Report of the Municipal Commissioner on the plague in Bombay for the year ending 31st May... - Volume 2
Disease focus: Plague
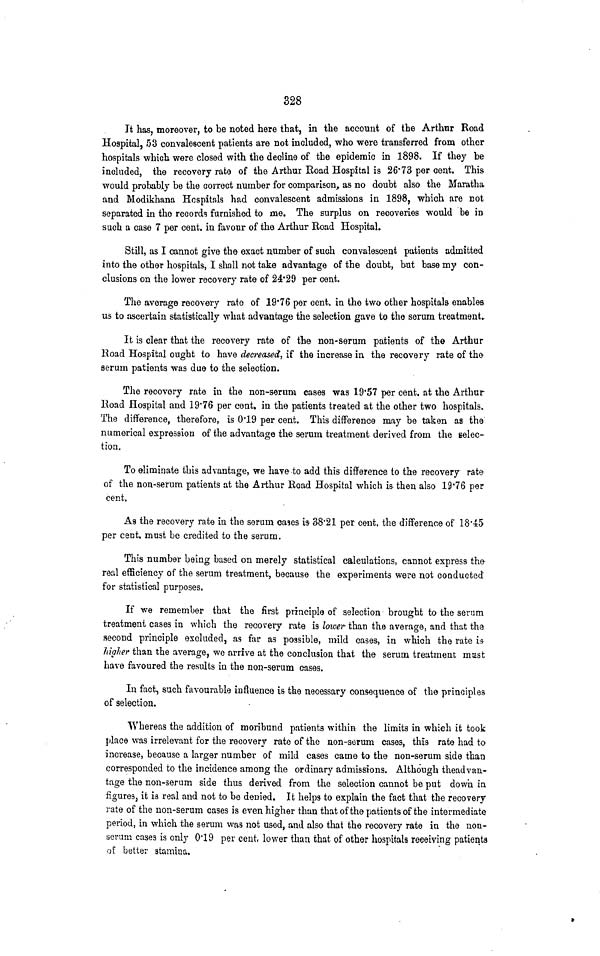
328
It has, moreover, to be noted here that, in the account of the Arthur Road
Hospital, 53 convalescent patients are not included, who were transferred from other
hospitals which were closed with the decline of the epidemic in 1898. If they be
included, the recovery rate of the Arthur Road Hospital is 26.73 per cent. This
would probably be the correct number for comparison, as no doubt also the Maratha
and Modikhana Hospitals had convalescent admissions in 1898, which are not
separated in the records furnished to me. The surplus on recoveries would be in
such a case 7 per cent. in favour of the Arthur Road Hospital.
Still, as I cannot give the exact number of such convalescent patients admitted
into the other hospitals, I shall not take advantage of the doubt, but base my con-
clusions on the lower recovery rate of 24.29 per cent.
The average recovery rate of 19.76 per cent. in the two other hospitals enables
us to ascertain statistically what advantage the selection gave to the serum treatment.
It is clear that the recovery rate of the non-serum patients of the Arthur
Road Hospital ought to have decreased, if the increase in the recovery rate of the
serum patients was due to the selection.
The recovery rate in the non-serum cases was 19.57 per cent. at the Arthur
Road Hospital and 19.76 per cent. in the patients treated at the other two hospitals.
The difference, therefore, is 0.19 per cent. This difference may be taken as the
numerical expression of the advantage the serum treatment derived from the selec-
tion.
To eliminate this advantage, we have to add this difference to the recovery rate
of the non-serum patients at the Arthur Road Hospital which is then also 19.76 per
cent.
As the recovery rate in the serum caaes is 38.21 per cent. the difference of 18.45
per cent. must be credited to the serum.
This number being based on merely statistical calculations, cannot express the
real efficiency of the serum treatment, because the experiments were not conducted
for statistical purposes.
If we remember that the first principle of selection brought to the serum
treatment cases in which the recovery rate is lower than the average, and that the
second principle excluded, as far as possible, mild cases, in which the rate i.
higher than the average, we arrive at the conclusion that the serum treatment mast
have favoured the results in the non-serum cases.
In fact, such favourable influence is the necessary consequence of the principles
of selection.
Whereas the addition of moribund patients within the limits in which it took
place was irrelevant for the recovery rate of the non-serum cases, this rate had to
increase, because a larger number of mild cases came to the non-serum side than
corresponded to the incidence among the ordinary admissions. Although the advan-
tage the non-serum side thus derived from the selection cannot be put down in
figures, it is real and not to be denied. It helps to explain the fact that the recovery
rate of the non-serum cases is even higher than that of the patients of the intermediate
period, in which the serum was not used, and also that the recovery rate in the non-
serum cases is only 0.19 per cent. lower than that of other hospitals receiving patienta
of better stamina.